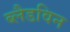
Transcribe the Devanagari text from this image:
ब्लैडविन